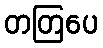
တတြပေ